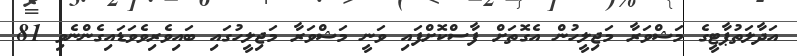
އަދާލަތުޕާޓީގެ މަޝްވަރާ މަޖިލީހުން އެގޮތަށް ފާސްކޮށްފައި ވަނީ މަޝްވަރާ މަޖިލީހުގައި ބައިވެެރިވެވަޑައިގެންނެވި 81